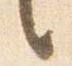
言